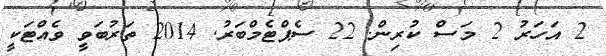
2 އަހަރު 2 މަސް ކުރިން. 22 ސެޕްޓެމްބަރު